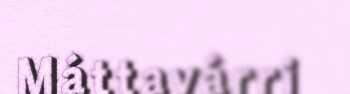
Máttavárri